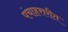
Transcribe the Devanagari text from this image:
पंचाहत्तरीत